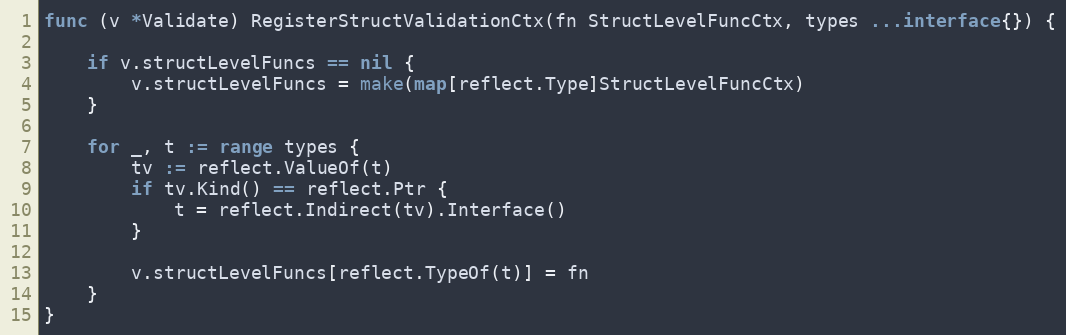
Language: Go
func (v *Validate) RegisterStructValidationCtx(fn StructLevelFuncCtx, types ...interface{}) {

	if v.structLevelFuncs == nil {
		v.structLevelFuncs = make(map[reflect.Type]StructLevelFuncCtx)
	}

	for _, t := range types {
		tv := reflect.ValueOf(t)
		if tv.Kind() == reflect.Ptr {
			t = reflect.Indirect(tv).Interface()
		}

		v.structLevelFuncs[reflect.TypeOf(t)] = fn
	}
}